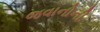
જવાનોની